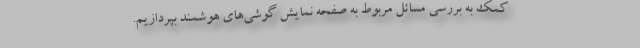
کمک به بررسی مسائل مربوط به صفحه نمایش گوشی‌های هوشمند بپردازیم.